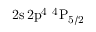
\mathrm { 2 s \, 2 p ^ { 4 } ~ ^ { 4 } P _ { 5 / 2 } }